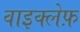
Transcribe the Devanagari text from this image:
वाइक्लेफ़